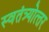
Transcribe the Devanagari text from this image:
स्वतंत्र्योत्‍तर